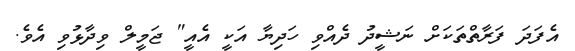
އެފަދަ ފަރާތްތަކަށް ނަޝީދު ދެއްވި ހަދިޔާ އަކީ އެއީ" ޖަމީލް ވިދާޅުވި އެވެ.